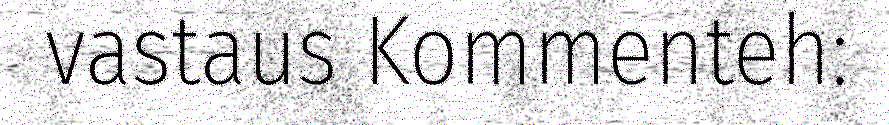
vastaus Kommenteh: